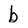
Character: b